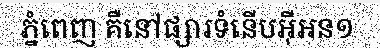
ភ្នំពេញ គឺនៅផ្សារទំនើបអ៊ីអន១